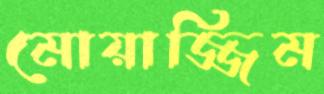
মোয়াজ্জিম